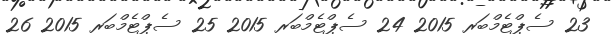
23 ސެޕްޓެމްބަރ 2015 24 ސެޕްޓެމްބަރ 2015 25 ސެޕްޓެމްބަރ 2015 26